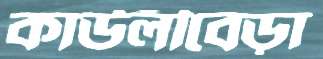
কাউলীবেড়া